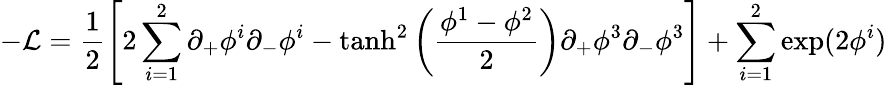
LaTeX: -{\cal L}=\frac{1}{2}\left[2\sum_{i=1}^{2}\partial_{+}\phi^{i}\partial_{-}\phi^{i}-\operatorname{tanh}^{2}\left({\frac{\phi^{1}-\phi^{2}}{2}}\right)\partial_{+}\phi^{3}\partial_{-}\phi^{3}\right]+\sum_{i=1}^{2}\exp(2\phi^{i})